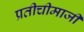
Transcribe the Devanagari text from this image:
प्रतीचीमाजीं